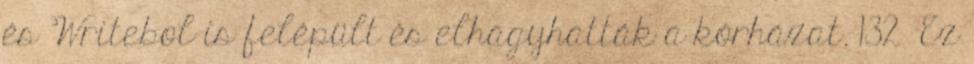
és Writebol is felépült és elhagyhatták a kórházat. 132 Ez